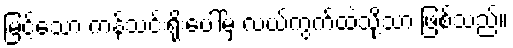
မြင့်သော ကန်သင်းရိုးပေါ်မှ လယ်ကွက်ထဲသို့သာ ဖြစ်သည်။